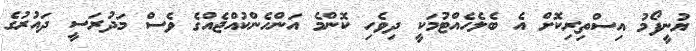
ޔުނީފޯމު އިސްތިރިކޮށް އެ ބެލެހެއްޓުމަކީ ދިވެހި ކޮންމެ އަންހެންކުއްޖެއްގެ ވެސް މަދުރަސީ ދައުރުގެ